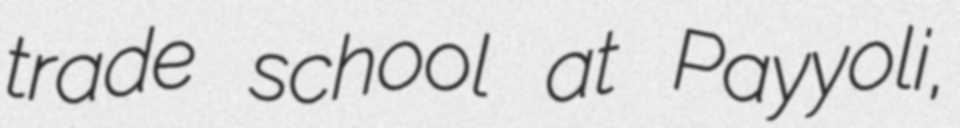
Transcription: trade school at Payyoli,